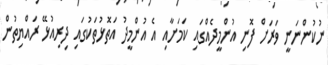
ނުކުންނަނީ ވަރަށް ފޮނި އުންމީދެއްގައި ކަމަށާއި އެ އުންމީދު އަތޮޅުތަކުގައި ދިރިއުޅޭ ރައްޔިތުން